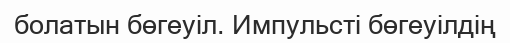
болатын бөгеуіл. Импульсті бөгеуілдің